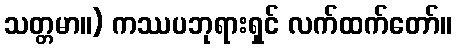
သတ္တမာ။) ကဿပဘုရားရှင် လက်ထက်တော်။